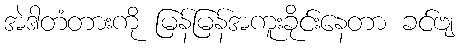
အဲဒါတံတားကို မြန်မြန်အကူးခိုင်းနေတာ ခင်ဗျ